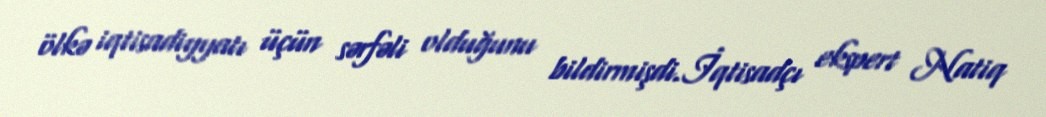
ölkə iqtisadiyyatı üçün sərfəli olduğunu bildirmişdi.İqtisadçı ekspert Natiq